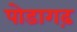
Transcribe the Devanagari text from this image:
पोडागढ़